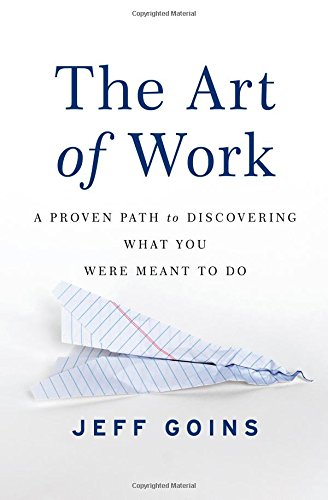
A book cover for The Art of Work: A Proven Path to Discovering What You Were Meant to Do; Jeff Goins; Business & Money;